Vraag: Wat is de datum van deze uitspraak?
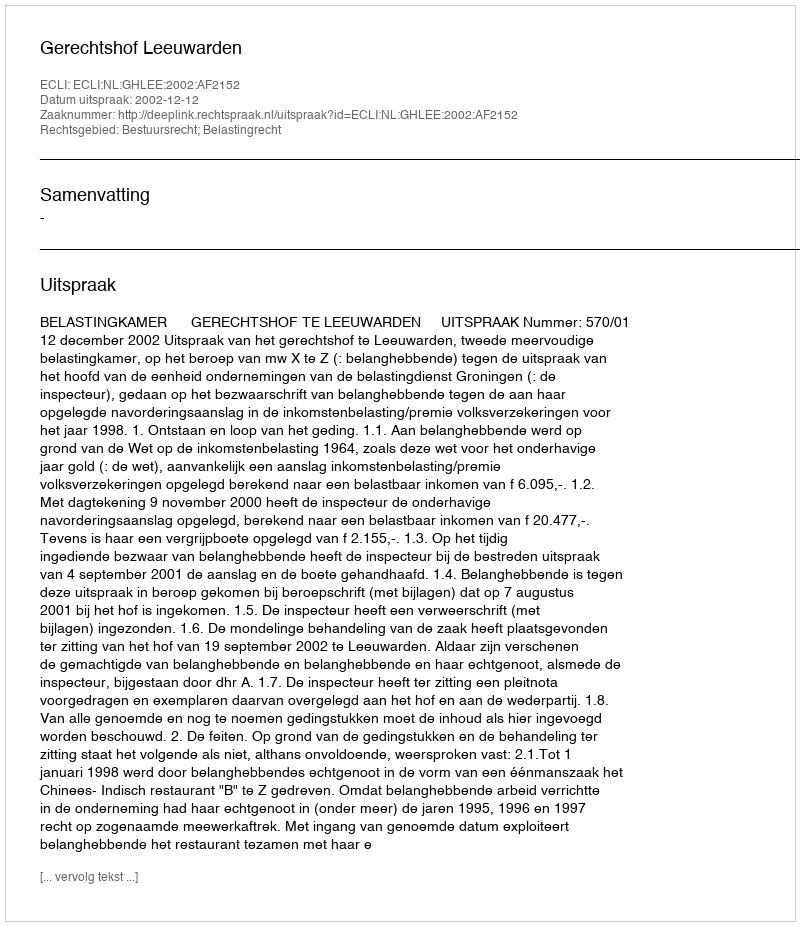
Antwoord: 2002-12-12